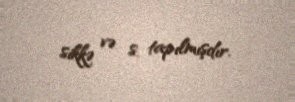
sikkə və s. tapılmışdır.